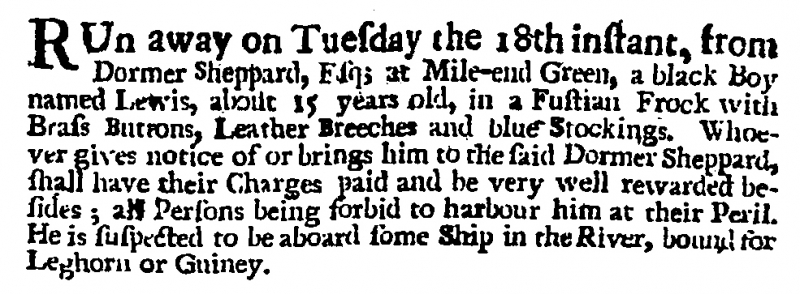
Post Man and the Historical Account, 27 November 1707 (England)
RUn away on Tuesday the 18th instant, from Dormer Sheppard, Esq; at Mile-end Green, a black Boy named Lewis, about 15 years old, in a Fustian Frock with Brass Buttons, Leather Breeches and blue Stockings. Whoever gives notice of or brings him to the said Dormer Sheppard, shall have their Charges paid and be very well rewarded besides; all Persons being forbid to harbour him at their Peril. He is suspected to be aboard some Ship in the River, bound for Leghorn or Guiney.